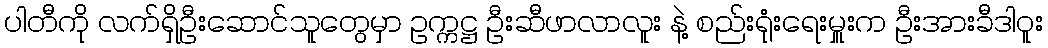
ပါတီကို လက်ရှိဦးဆောင်သူတွေမှာ ဥက္ကဋ္ဌ ဦးဆီဖာလာလူး နဲ့ စည်းရုံးရေးမှူးက ဦးအားခီဒါဝူး